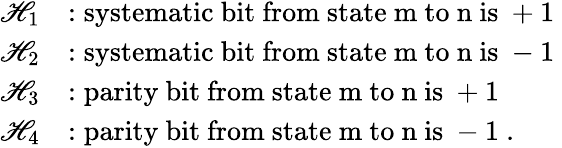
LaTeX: \begin{array}{rl}{\mathscr{H}_{1}}&{:\mathrm{systematic~bit~from~state~m~to~n~is~+1~}}\\ {\mathscr{H}_{2}}&{:\mathrm{systematic~bit~from~state~m~to~n~is~-1~}}\\ {\mathscr{H}_{3}}&{:\mathrm{parity~bit~from~state~m~to~n~is~+1~}}\\ {\mathscr{H}_{4}}&{:\mathrm{parity~bit~from~state~m~to~n~is~-1~}.}\end{array}